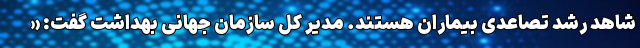
شاهد رشد تصاعدی بیماران هستند. مدیر کل سازمان جهانی بهداشت گفت: «